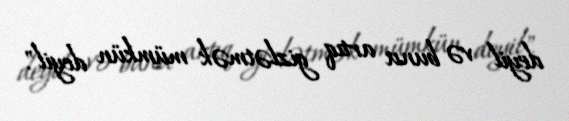
deyil və bunu artıq gizlətmək mümkün deyil".